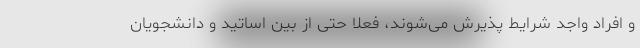
و افراد واجد شرایط پذیرش می‌شوند، فعلا حتی از بین اساتید و دانشجویان